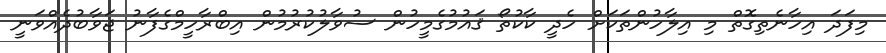
މިފަދަ އިހާނެތިގޮތް މި އިލާހުންތަކަށް ހެދީ ކާކުތޯ ޤައުމުގެމީހުން ސުވާލުކުރުމުން އިބްރާހީމްގެފާނު ޖަވާބުދެއްވަނީ